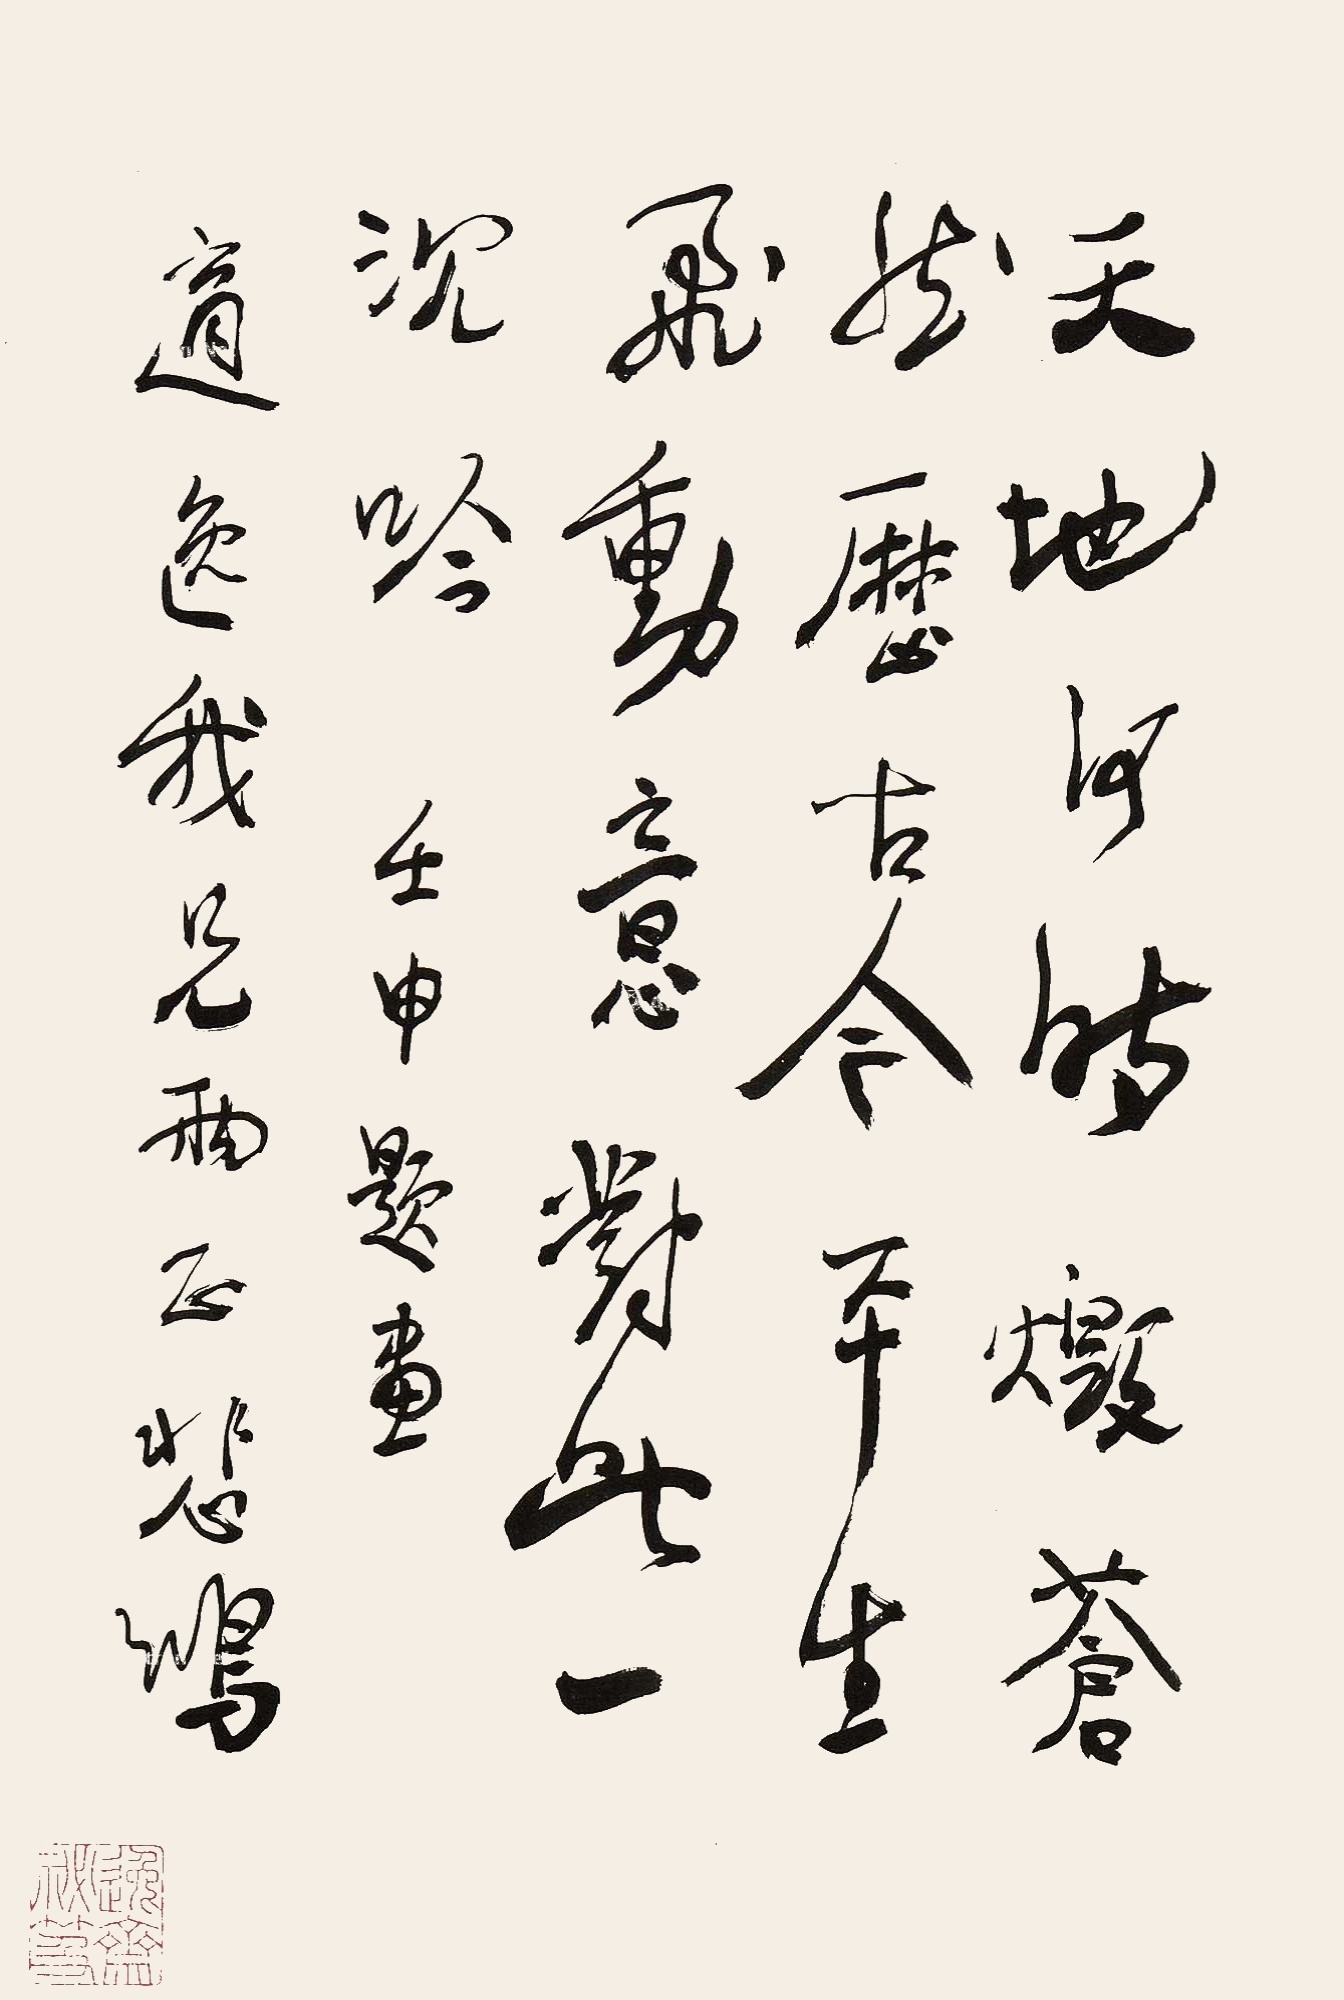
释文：天地何时毁，苍然历古今。平生飞动意，对此一沉吟。壬申题画。适逸我兄两正。悲鸿。